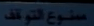
منوع التوفّق